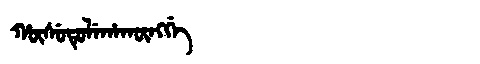
Manchu: ᡥᡡᠰᡠᡨᡠᠯᡝᡥᠠᡴᡡᠩᡤᡝ
Romanization: HŪSUTULEHAKŪNGGE